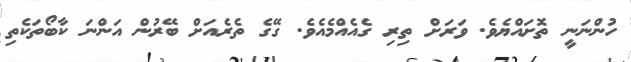
ހުންނަނީ ތޮށައްޔެވެ. ވަރަށް ތިރި ގެއެއްމެއެވެ. ގޭގެ ތެރެއަށް ބޭރުން އަންނަ ކާބޯތަކެތި